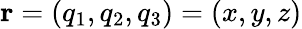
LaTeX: \mathbf{r}=(q_{1},q_{2},q_{3})=(x,y,z)